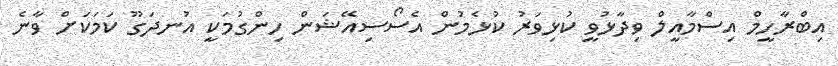
އިބްރާހީމް އިސްމާއީލް ވިދާޅުވީ ކުޅިވަރު ކުޅެމުން އެސޯސިއޭޝަން ހިންގުމަކީ އުނދަގޫ ކަމަކަށް ވާނެ